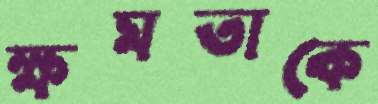
ক্ষমতাকে